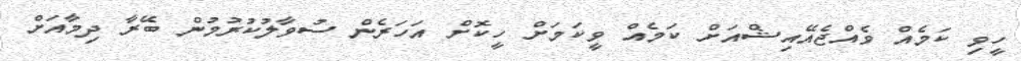
ހީވި ކަމެއް ވެއްޖެއޭއިޝްއަށް ކަމެއް ވީކަމަށް ހީކޮށް އަހަރެން ސުވާލުކުރުމުން ބޭރާ ދިމާއަށް